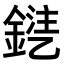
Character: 𨩾